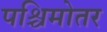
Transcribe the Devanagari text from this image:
पश्चिमोतर